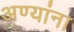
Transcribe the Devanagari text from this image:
अण्यांना